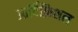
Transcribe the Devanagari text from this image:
आर्टिफ़िशल